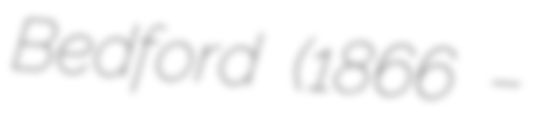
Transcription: Bedford (1866 –